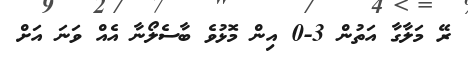
ރޭ މަލާގާ އަތުން 3-0 އިން މޮޅުވެ ބާސެލޯނާ އެއް ވަނަ އަށް